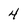
Character: 4